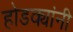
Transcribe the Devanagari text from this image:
होडक्यांनी